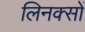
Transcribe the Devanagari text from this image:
लिनक्सों